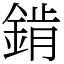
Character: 錹